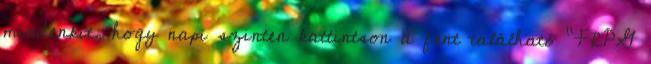
mindenkit, hogy napi szinten kattintson a fent található "FRPG